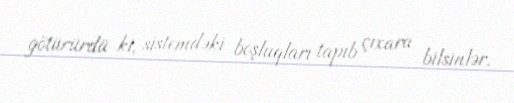
götürürdü ki, sistemdəki boşluqları tapıb çıxara bilsinlər.